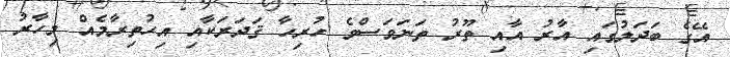
އޭގެ ބަދަލުގައި އާރު އާއި ތޫރު ތަނަވަސްވެ ހުރިހާ ޤަދަރަކާއި އިޙުތިރާމެއް މިހާރު